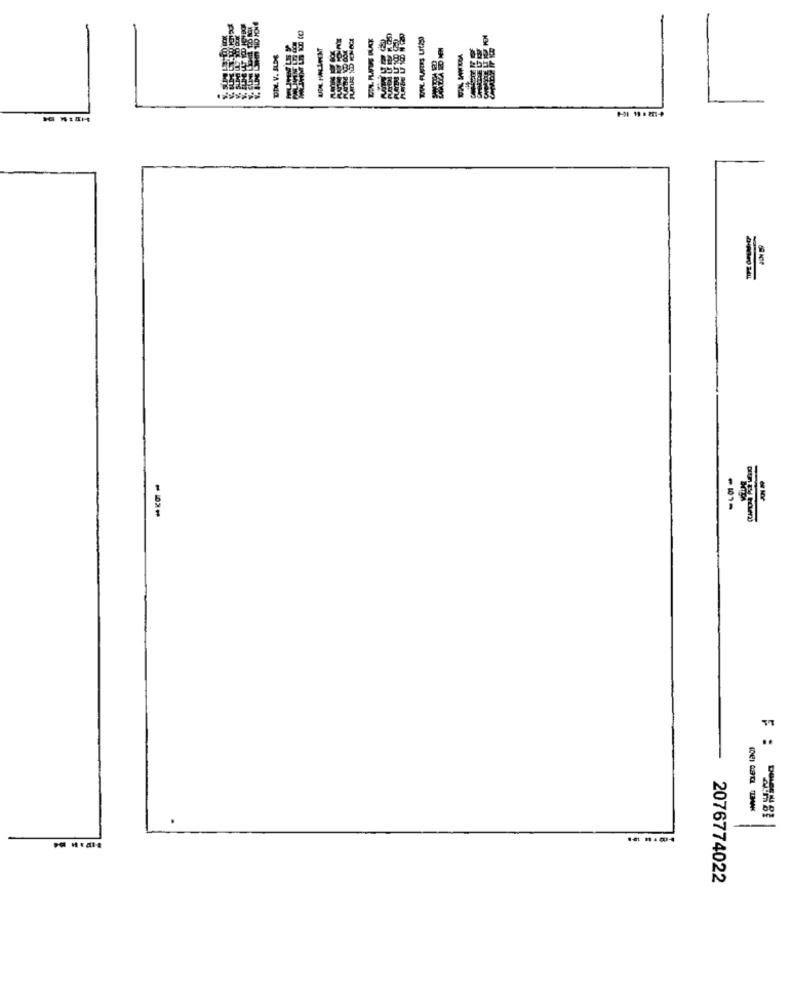
DIL V. SLDE
TIPE OFEMNET
..
2076774022